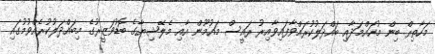
މަހާތިރް ބިން މުހައްމަދާއި ބައްދަލުކުރައްވާފައިވާއިރު ރައީސް މައުމޫން އާއި މެލޭޝިޔާގެ ބޮޑުވަޒީރުގެ މިބައްދަލުކުރެއްވުމުގައި